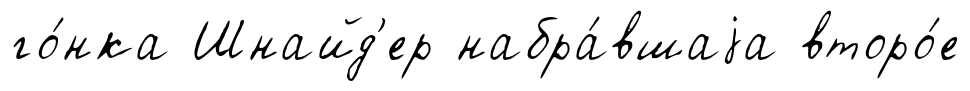
го́нка Шнайд'ер набра́вшаjа второ́е